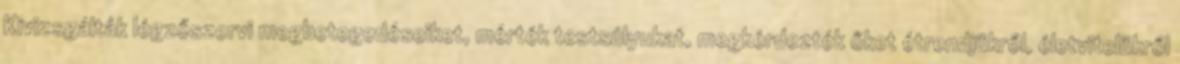
Kivizsgálták légzőszervi megbetegedéseiket, mérték testsúlyukat, megkérdezték őket étrendjükről, életvitelükről